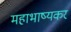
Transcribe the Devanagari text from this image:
महाभाष्यकर